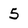
Character: 5